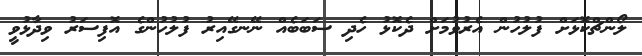
ލޯންޗްކޮޅަށް ފުލުހުން އެރުވުމަށް ދެކޮޅު ހެދި ސަބަބެއް ނޭނގޭއިރު ފުލުހުންގެ އޮފިސަރު ވިދާޅުވީ